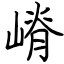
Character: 嵴